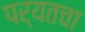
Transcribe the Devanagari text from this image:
पर्यतचा